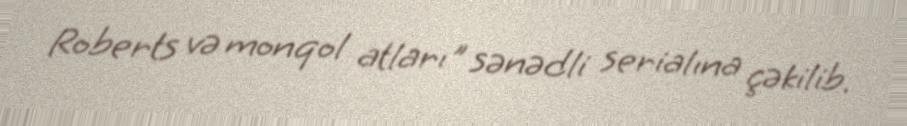
Roberts və monqol atları" sənədli serialına çəkilib.